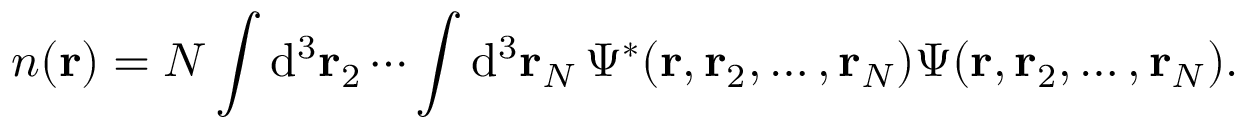
n ( \mathbf { r } ) = N \int { \mathrm { d } } ^ { 3 } \mathbf { r } _ { 2 } \cdots \int { \mathrm { d } } ^ { 3 } \mathbf { r } _ { N } \, \Psi ^ { * } ( \mathbf { r } , \mathbf { r } _ { 2 } , \dots , \mathbf { r } _ { N } ) \Psi ( \mathbf { r } , \mathbf { r } _ { 2 } , \dots , \mathbf { r } _ { N } ) .